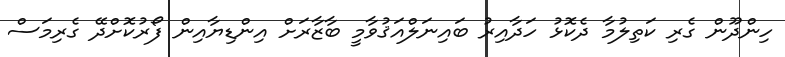
ހިންދޫން ގެރި ކަތިލުމާ ދެކޮޅު ހަދާއިރު ބައިނަލްއަޤުވާމީ ބާޒާރަށް އިންޑިޔާއިން ފޯރުކޮށްދޭ ގެރިމަސް